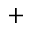
+